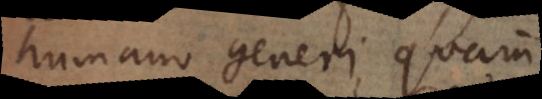
humano generi, quam